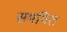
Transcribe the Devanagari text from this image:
समपित